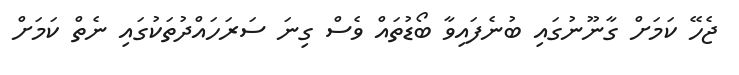
ޖެހޭ ކަމަށް ގާނޫނުގައި ބުނެފައިވާ ބޯޑުތައް ވެސް ގިނަ ސަރަހައްދުތަކުގައި ނެތް ކަމަށް